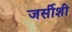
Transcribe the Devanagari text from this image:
जर्सीशी